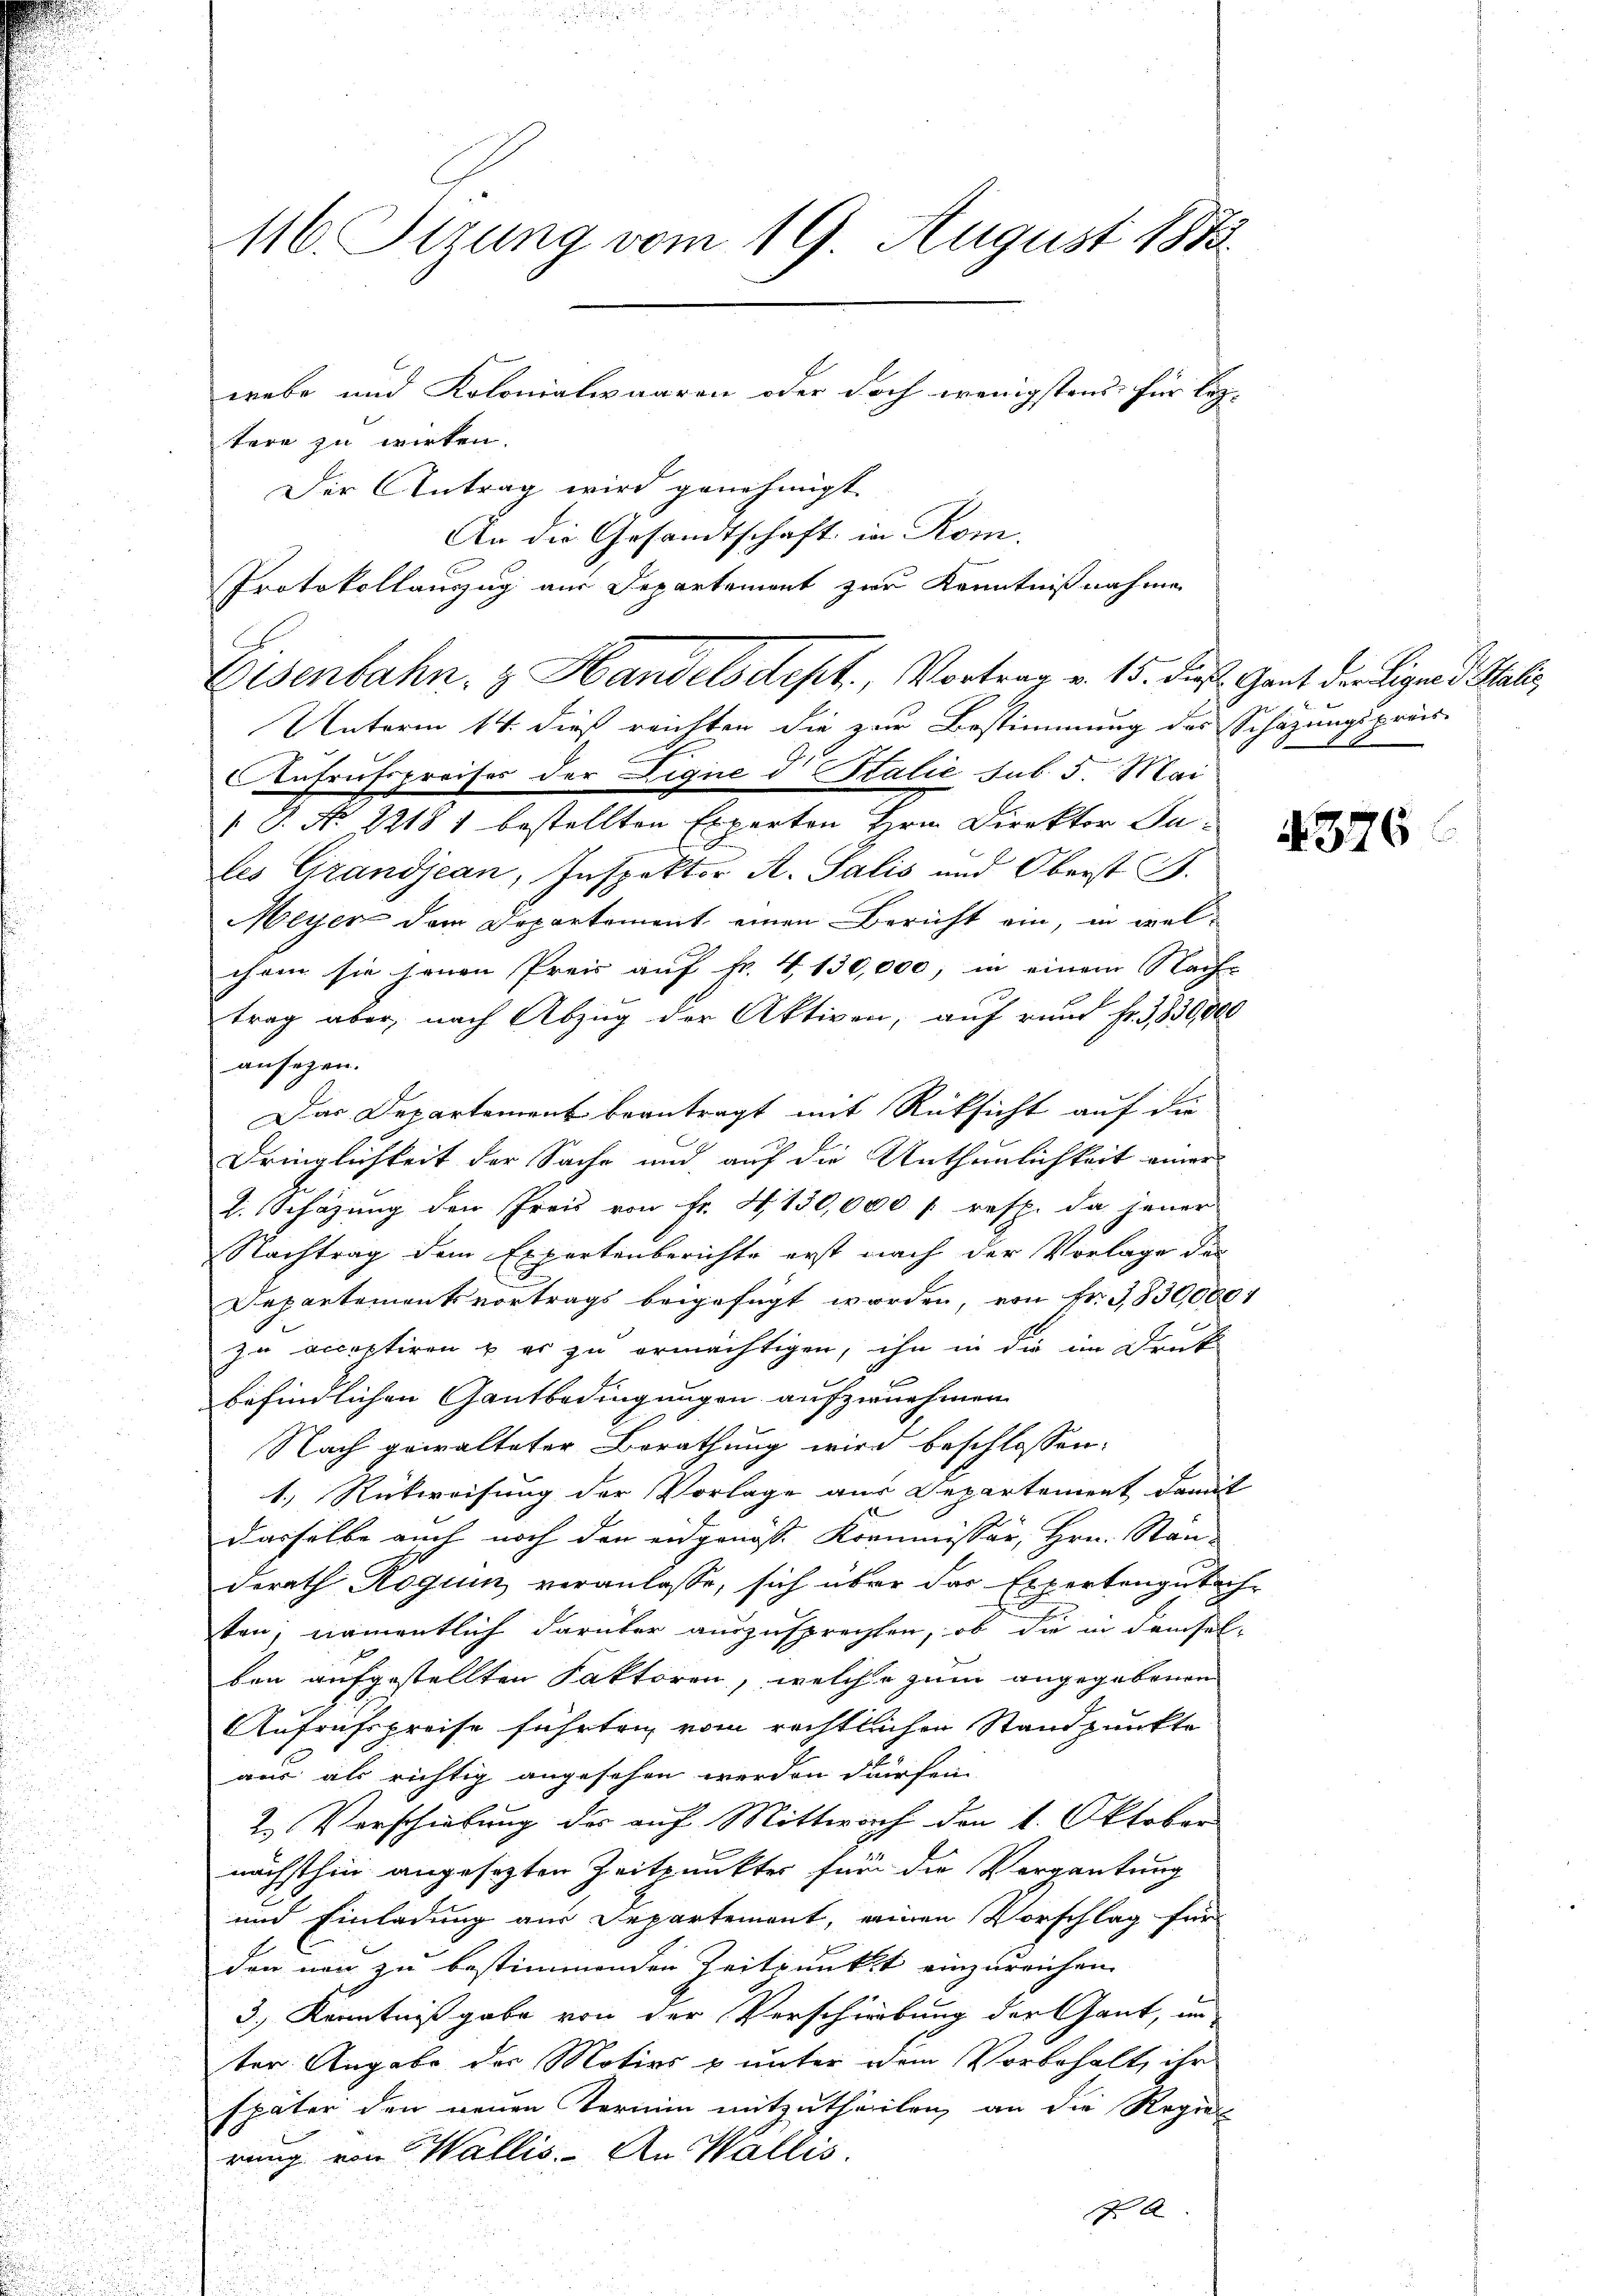
116. Sitzung vom 19. August 1873
webe und Kolonialwaaren oder doch wenigstens für leztere zu wirken.

Aufrufspreises der Lique d Stalie sub. 5. Mai
[S. No 22181 bestellten Experten Hrn. Direktor Ju-
des Grandjean, Inspektor A. Salis und Oberst B.
Meyer dem Departement einen Bericht ein, in wel-
chem sie jenen Preis auf fr. 4, 130,000, in einem Nach-
trag aber, nach Abzug der Aktiven, auf rund Fr. 3830,000
ansezen.
Das Departement beantragt mit Rücksicht auf die
Dringlichkeit der Sache und auf die Unthunlichkeit einer
l. Schazung den Preis von Fr. 4. 130,000 f: resp. da jener
Nachtrag dem Expertenberichte erst nach der Vorlage des
Departementsvortrags beigefügt worden, von Fr. 3,830,000 f
zu acceptiren u. er zu ermächtigen, ihn in die im Druck
Vernung
befindlichen Gantbedingungen aufzunehmen
Nach gewalteter Berathung wird beschlossen:
1.) Rütweisung der Vorlage aus Departement damit
dasselbe auch noch den eidgenosse Kommissär, Hrn. Stan-
derath Roguin veranlasse, sich über das Expertengutache
ten; namentlich darüber auszusprechten, ob die in demsel-
ben aufgestellten Faktoren, welche zum angegebenen
Aufrufspreise führten vom rechtlichen Standpunkte
aus als richtig angesehen werden dürfen.
2. Verschiebung der auf Mittwach den 1. Oktober
nächsthin angesezten Zeitpunkter für die Vergantung
und Einladung aus Departement, einen Vorschlag für
den neu zu bestimmenden Zeitpunkt einzureichen.
3.) Kenntnißgabe von der Verschiebung der Gant, un
ter Angabe der Motivs & unter dem Vorbehalt, ihr
später den neuen Termin mitzutheilen, an die Regier
rung von Wallis. An Wallis.
 A

Der Antrag wird genehmigt
An die Gesandtschaft in Rom.
Protokollauszug aus Departement zur Kenntnißnahme
Eisenbahn & Handelsdept., Vortrag v. 15. Fuß. Gant der Liquid Salis
Unterm 14. dieß reichten die zur Bestimmung des Schazungspräs

.376